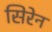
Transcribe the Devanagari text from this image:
सिरेन